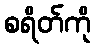
စရိတ်ကို